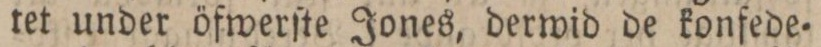
tet under öfwerſte Jones, derwid de konfede=